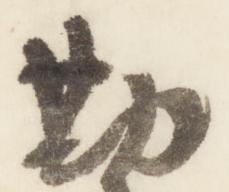
勘